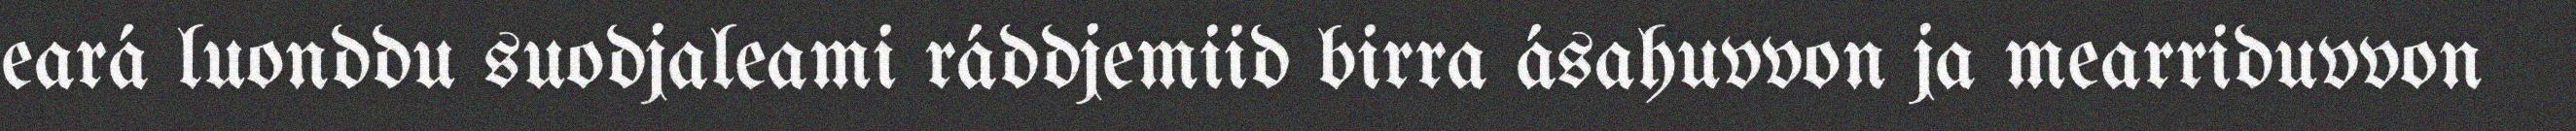
eará luonddu suodjaleami ráddjemiid birra ásahuvvon ja mearriduvvon